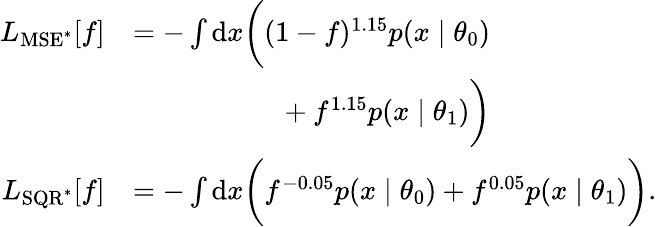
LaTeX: \begin{array}{rl}{L_{\mathrm{MSE}^{*}}[f]}&{=-\int\mathrm{d}x\bigg((1-f)^{1.15}p(x\mid\theta_{0})}\\ &{\phantom{=-\int\d{x}\bigg(}+f^{1.15}p(x\mid\theta_{1})\bigg)}\\ {L_{\mathrm{SQR}^{*}}[f]}&{=-\int\mathrm{d}x\bigg(f^{-0.05}p(x\mid\theta_{0})+f^{0.05}p(x\mid\theta_{1})\bigg).}\end{array}